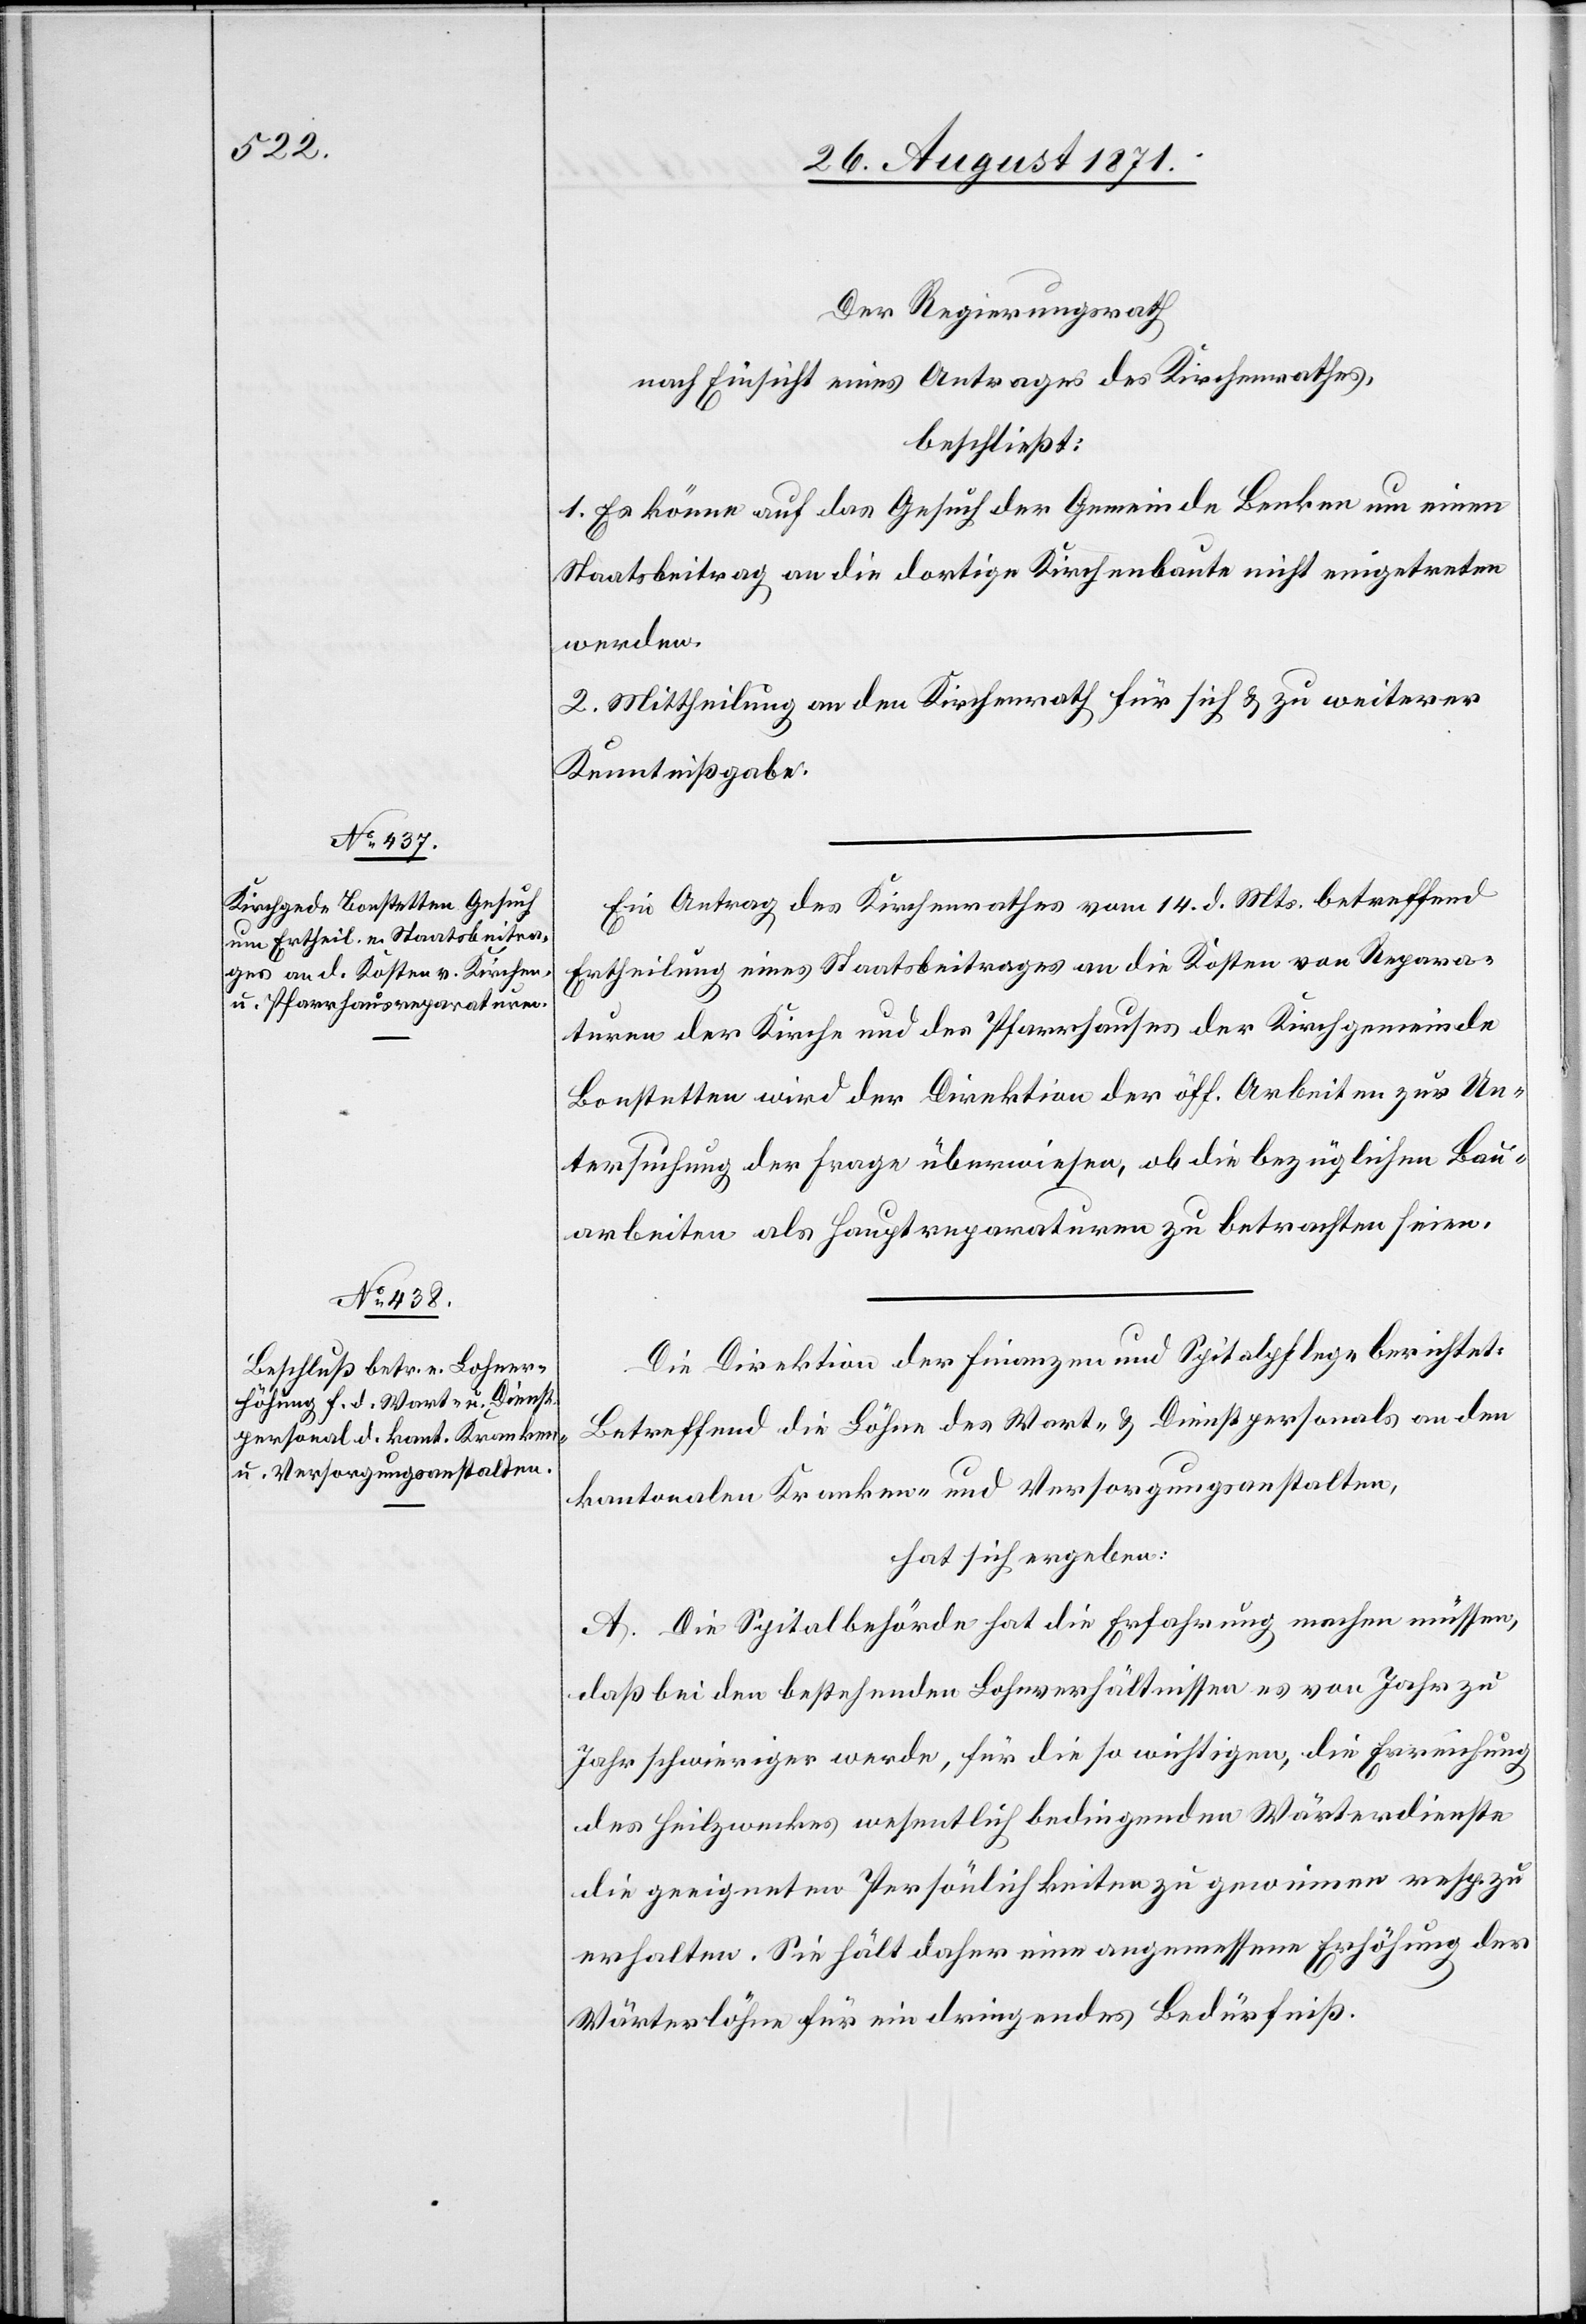
Der Regierungsrath
nach Einsicht eines Antrages des Kirchenrathes,
beschließt:
1. Es könne auf das Gesuch der Gemeinde Benken um einen
Staatsbeitrag an die dortige Kirchenbaute nicht eingetreten
werden.
2. Mittheilung an den Kirchenrath für sich & zu weiterer
Kenntnißgabe.
Ein Antrag des Kirchrathes vom 14. d. Mts. betreffend
Ertheilung eines Staatsbeitrages an die Kosten von Repara¬
turen der Kirche und des Pfarrhauses der Kirchgemeinde
Bonstetten wird der Direktion der öff. Arbeiten zur Un¬
tersuchung der Frage überwiesen, ob die bezüglichen Bau¬
arbeiten als Hauptreparaturen zu betrachten seien.
Die Direktion der Finanzen und Spitalpflege berichtet:
Betreffend die Löhne des Monat- & Dienstpersonals an den
kantonalen Kranken- und Versorgungsanstalten,
hat sich ergeben:
A. Die Spitalbehörde hat die Erfahrung machen müssen,
daß bei den bestehenden Lohnverhältnissen es von Jahr zu
Jahr schwieriger werde, für die so wichtigen, die Erreichung
des Heilwerkes wesentlich bedingenden Wärterdienste
die geeigneten Persönlichkeiten zu gewinnen resp. zu
erhalten. Sie hält daher eine angemessene Erhöhung der
Wärterlöhne für ein dringendes Bedürfniß.